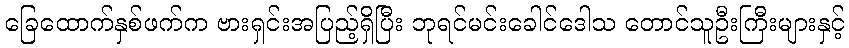
ခြေထောက်နှစ်ဖက်က ဗားရှင်းအပြည့်ရှိပြီး ဘုရင်မင်းခေါင်ဒေါသ တောင်သူဦးကြီးများနှင့်